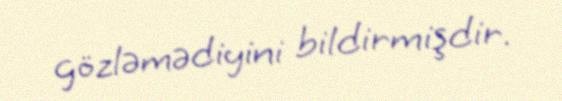
gözləmədiyini bildirmişdir.